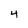
Character: 4